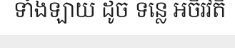
ទាំងឡាយ ដូច ទន្លេ អចិរវតី